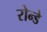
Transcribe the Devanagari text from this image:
रोन्डे